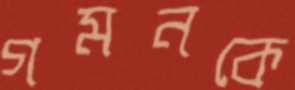
গমনকে